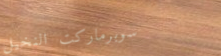
سوبرماركت النخيل